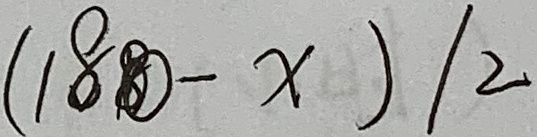
( 1 8 - x ) / 2